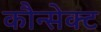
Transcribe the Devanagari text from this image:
कौन्सेक्ट